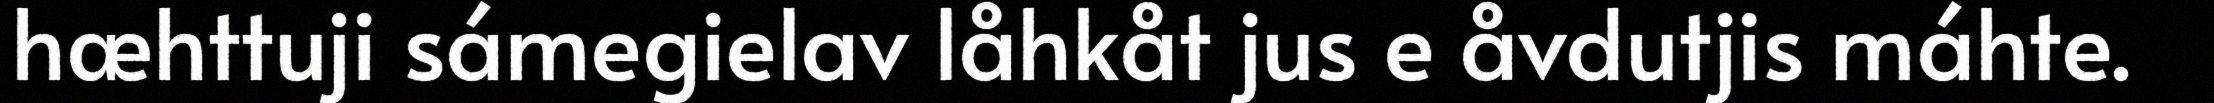
hæhttuji sámegielav låhkåt jus e åvdutjis máhte.